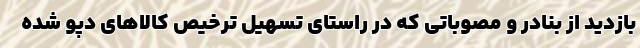
بازدید از بنادر و مصوباتی که در راستای تسهیل ترخیص کالاهای دپو شده